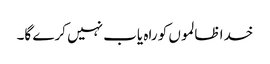
خدا ظالموں کو راہ یاب نہیں کرے گا۔